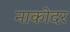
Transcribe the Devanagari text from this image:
नाकोदर